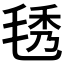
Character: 𣮁